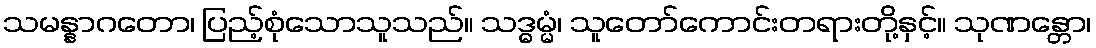
သမန္နာဂတော၊ ပြည့်စုံသောသူသည်။ သဒ္ဓမ္မံ၊ သူတော်ကောင်းတရားတို့နှင့်။ သုဏန္တော၊